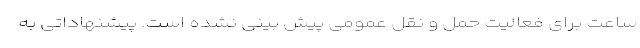
ساعت برای فعالیت حمل و نقل عمومی پیش بینی نشده است. پیشنهاداتی به